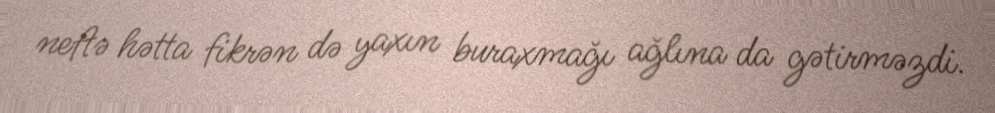
neftə hətta fikrən də yaxın buraxmağı ağlına da gətirməzdi.